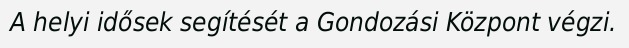
A helyi idősek segítését a Gondozási Központ végzi.